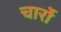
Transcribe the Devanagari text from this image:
चार्रो